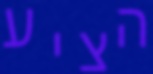
הציע